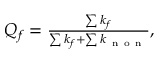
\begin{array} { r } { Q _ { f } = \frac { \sum k _ { f } } { \sum k _ { f } + \sum k _ { \mathrm { ~ n ~ o ~ n ~ } } } , } \end{array}